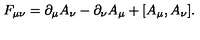
F _ { \mu \nu } = \partial _ { \mu } A _ { \nu } - \partial _ { \nu } A _ { \mu } + [ A _ { \mu } , A _ { \nu } ] .